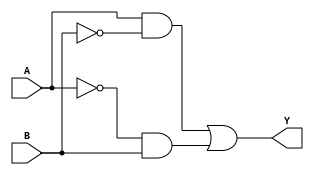
module XOR_gate (
    input A,
    input B,
    output Y
);

wire A_not, B_not;

assign A_not = ~A;
assign B_not = ~B;

assign Y = (A & B_not) | (A_not & B);

endmodule